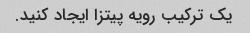
یک ترکیب رویه پیتزا ایجاد کنید.